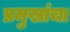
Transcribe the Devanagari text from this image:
प्रमुखांचा